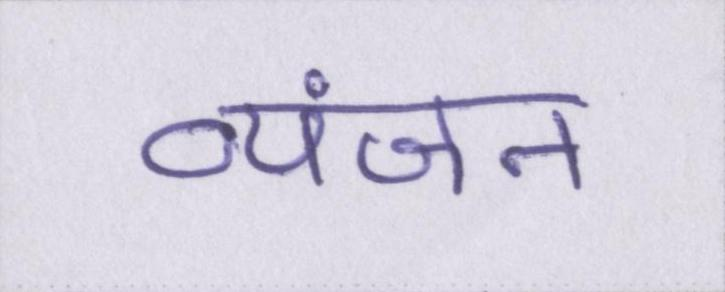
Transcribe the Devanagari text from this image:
व्यंजन